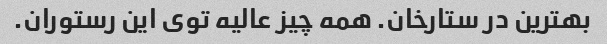
بهترین در ستارخان. همه چیز عالیه توی این رستوران.